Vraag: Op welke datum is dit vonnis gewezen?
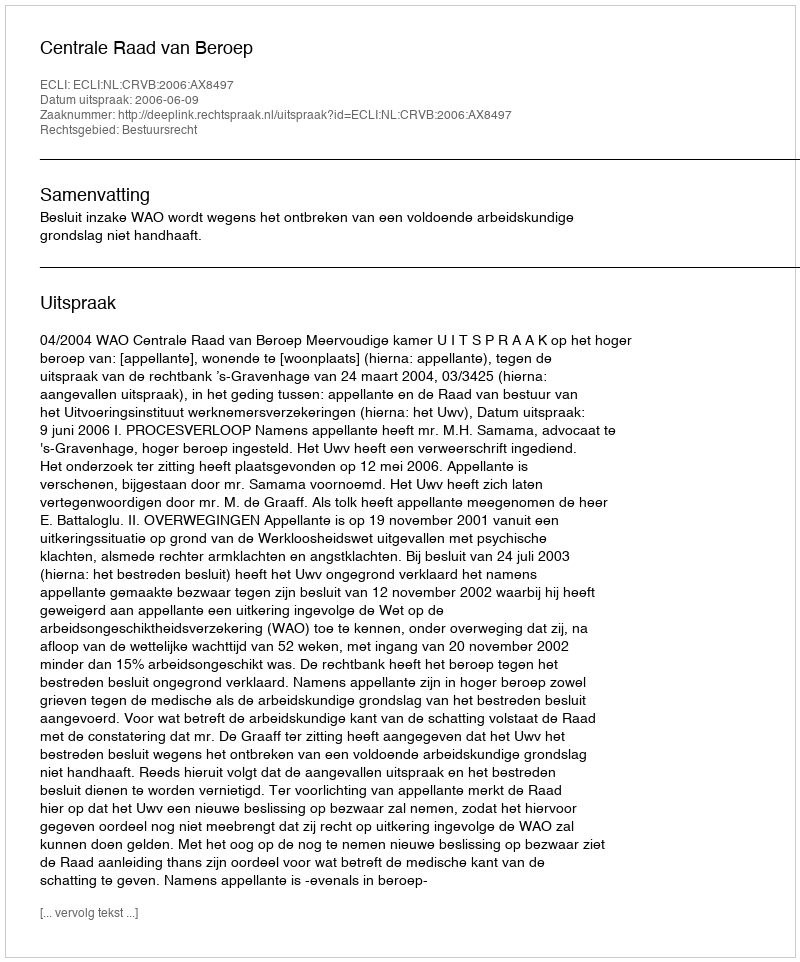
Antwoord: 2006-06-09